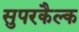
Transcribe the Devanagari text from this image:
सुपरकैल्क